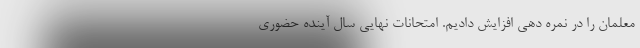
معلمان را در نمره دهی افزایش دادیم. امتحانات نهایی سال آینده حضوری